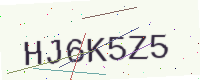
Text: HJ6K5Z5